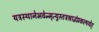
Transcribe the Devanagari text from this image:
यत्रस्थानेभवेन्मृत्युस्तत्रश्राद्धंप्रकल्पयेत्